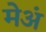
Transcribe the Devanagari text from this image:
मेअं